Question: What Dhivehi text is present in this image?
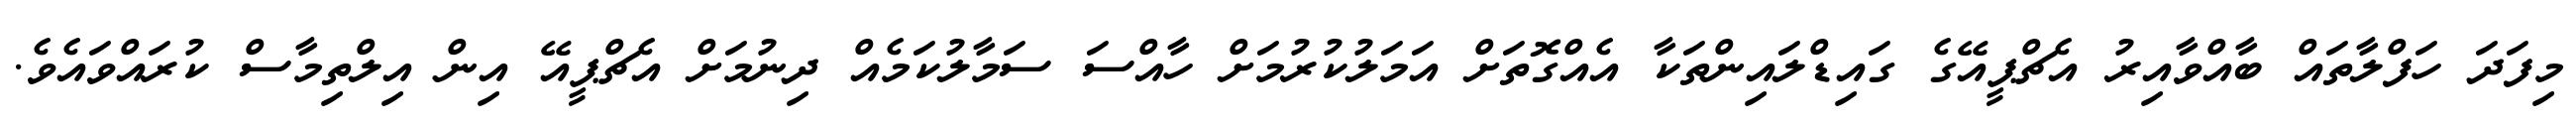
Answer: މިފަދަ ހަފްލާތައް ބާއްވާއިރު އެޗްޕީއޭގެ ގައިޑްލައިންތަކާ އެއްގޮތަށް އަމަލުކުރުމަށް ހާއްސަ ސަމާލުކަމެއް ދިނުމަށް އެޗްޕީއޭ އިން އިލްތިމާސް ކުރައްވައެވެ.